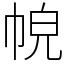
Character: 𢂹